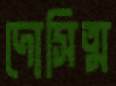
দোসিত্ম